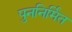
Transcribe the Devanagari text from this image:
पुननिर्मित